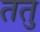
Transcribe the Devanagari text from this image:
ततु